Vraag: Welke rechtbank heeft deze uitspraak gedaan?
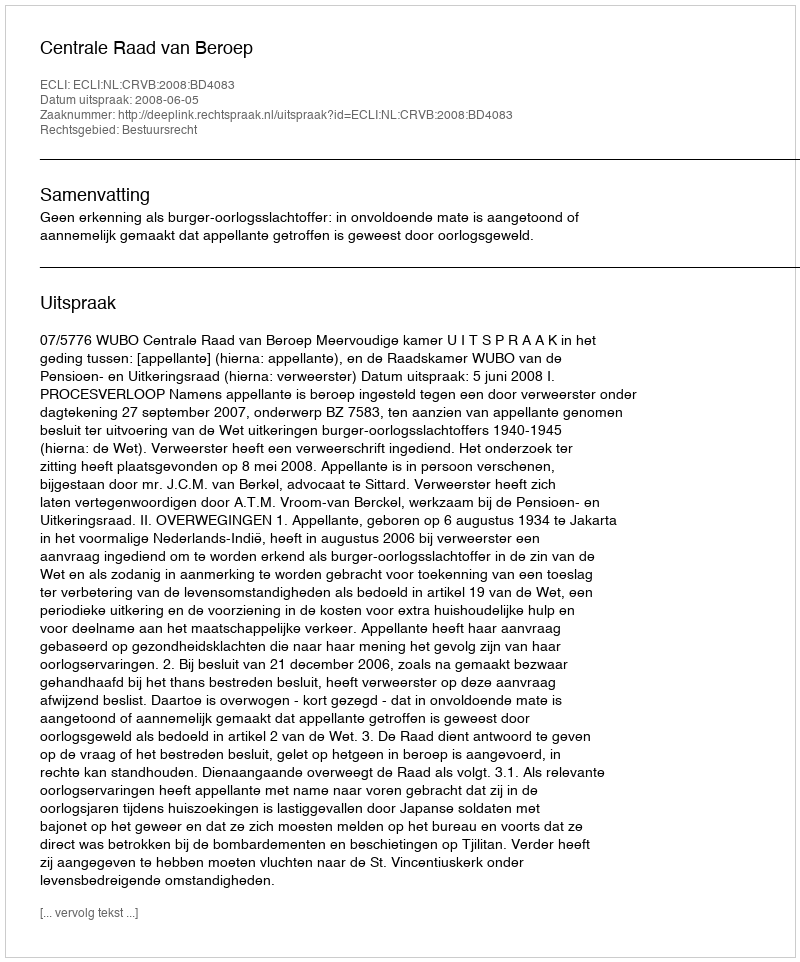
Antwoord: Centrale Raad van Beroep